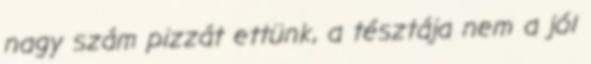
nagy szám pizzát ettünk, a tésztája nem a jól